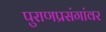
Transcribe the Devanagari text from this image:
पुराणप्रसंगांवर